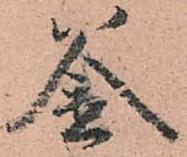
釜